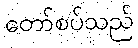
တော်စပ်သည်